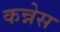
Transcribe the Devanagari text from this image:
कन्नेस